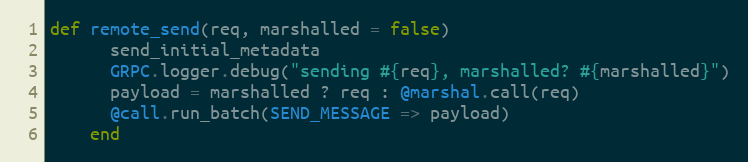
Language: Ruby
def remote_send(req, marshalled = false)
      send_initial_metadata
      GRPC.logger.debug("sending #{req}, marshalled? #{marshalled}")
      payload = marshalled ? req : @marshal.call(req)
      @call.run_batch(SEND_MESSAGE => payload)
    end